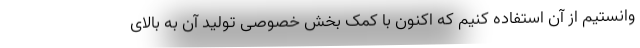
وانستیم از آن استفاده کنیم که اکنون با کمک بخش خصوصی تولید آن به بالای